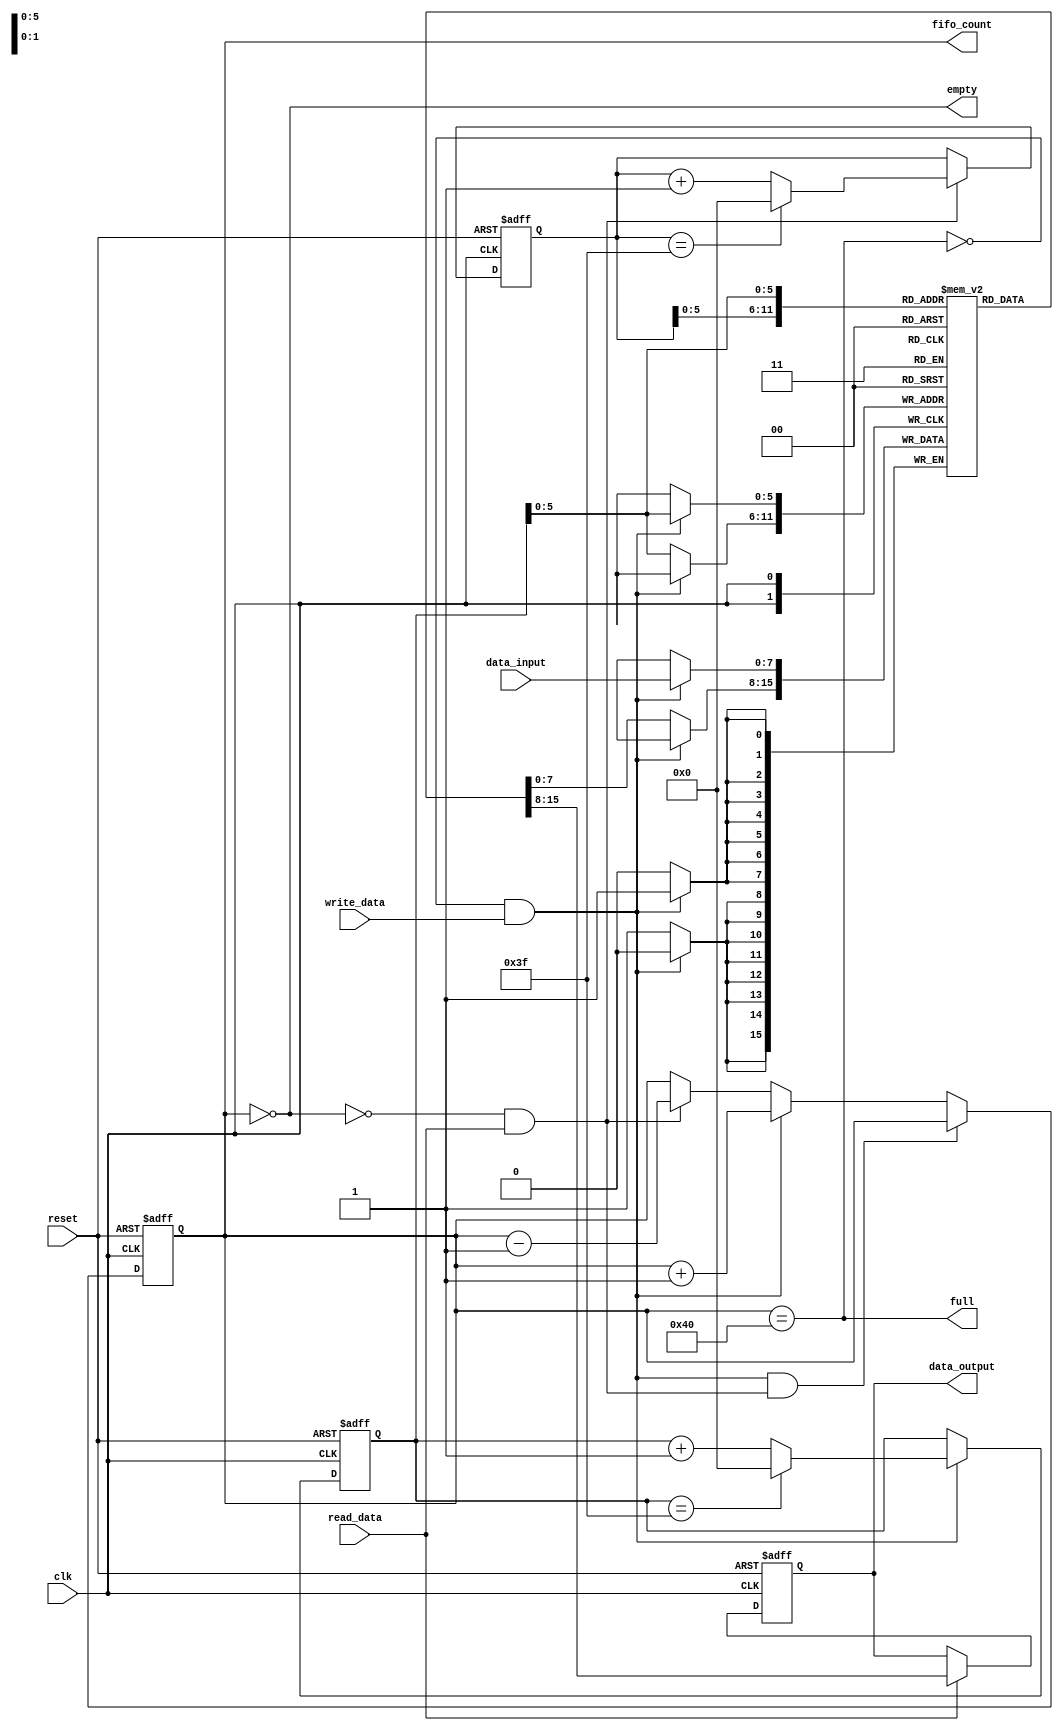
module fifo #(
	parameter data_size = 4'd8,
	parameter buffer_size = 8'd64
	)(
	// control signals
	input wire clk,
	input wire reset,
	input wire read_data,
	input wire write_data, 
	output reg full,
	output reg empty,
	// data signals
	input wire [data_size-1:0] data_input,
	output reg [data_size-1:0] data_output,
	output reg [buffer_size-1:0] fifo_count
	);

	reg [buffer_size-1:0] read_pointer,write_pointer;
	reg [data_size-1:0] fifo_buffer [buffer_size-1:0];

	initial begin
		fifo_buffer[2] = 0;
	end

	// updating full and empty flags
	always @(fifo_count) begin
		empty <= (fifo_count == 0);
		full <= (fifo_count == buffer_size);
	end
	
	// upating fifo_count
	always @(negedge(clk),posedge(reset)) begin
		if(reset) begin
			fifo_count <= 0;
		end else begin
			if((!full && write_data) && (!empty && read_data)) begin
				fifo_count <= fifo_count;
			end else if(!full && write_data) begin
				fifo_count <= fifo_count + 1;
			end else if(!empty && read_data) begin
				fifo_count <= fifo_count - 1;
			end else begin
				fifo_count <= fifo_count;
			end
		end
	end

	// updating data_output
	// always @(posedge(clk),posedge(reset)) begin
	// 	if(reset) begin
	// 		data_output <= 0;
	// 	end else begin
	// 		if(!empty && read_data) begin
	// 			data_output <= fifo_buffer[read_pointer];
	// 		end else begin
	// 			data_output <= data_output;
	// 		end
	// 	end
	// end

	always @(negedge(clk),posedge(reset)) begin
		if(reset) begin
			data_output <= 0;
		end else begin
			if(read_data) begin
				data_output <= fifo_buffer[read_pointer];
			end else begin
				data_output <= data_output;
			end
		end
	end
	
	// updating fifo_buffer
	always @(posedge(clk)) begin
		// buffer need not be changed during reset
		// only the read and write pointers are changed
		if((!full) && write_data) begin
			fifo_buffer[write_pointer] <= data_input;
		end else begin
			fifo_buffer[write_pointer] <= fifo_buffer[write_pointer];
		end
	end
	
	// updating write_pointer and read_pointer
	reg [buffer_size-1:0] read_pointer_next;
	reg [buffer_size-1:0] write_pointer_next;

	always @(posedge(clk),posedge(reset)) begin
		if(reset) begin
			write_pointer <= 0;
		end else begin
			write_pointer <= write_pointer_next;
		end
	end

	always @(negedge(clk),posedge(reset)) begin
		if(reset) begin
			read_pointer <= 0;
		end else begin
			read_pointer <= read_pointer_next;
		end
	end

	always @* begin
		// updating write_pointer
		if(!full && write_data) begin
			if(write_pointer == buffer_size - 1) begin
				write_pointer_next <= 0;
			end else begin
				write_pointer_next <= write_pointer + 1;
			end
		end else begin
			write_pointer_next <= write_pointer;
		end
		
		//updating read_pointer
		if(!empty && read_data) begin
			if(read_pointer == buffer_size - 1) begin
				read_pointer_next <= 0;
			end else begin
				read_pointer_next <= read_pointer + 1;
			end
		end else begin
			read_pointer_next <= read_pointer;
		end
	end

endmodule



// module test_bench();
// 	reg CLK;
// 	reg RESET;
// 	reg [31:0] DATA_INPUT;
// 	wire [31:0] DATA_OUTPUT;
// 	reg READ_DATA;
// 	reg WRITE_DATA;
// 	wire FULL;
// 	wire EMPTY;
// 	wire [62:0] FIFO_COUNT;

// 	// module instantiations
// 	fifo #(.data_size(6'd32),.buffer_size(6'd63)) f(
// 		.clk(CLK),
// 		.reset(RESET),
// 		.data_input(DATA_INPUT),
// 		.data_output(DATA_OUTPUT),
// 		.read_data(READ_DATA),
// 		.write_data(WRITE_DATA),
// 		.full(FULL),
// 		.empty(EMPTY),
// 		.fifo_count(FIFO_COUNT)
// 	);

// 	initial begin
// 		$dumpfile("simulation.vcd");
// 		$dumpvars(0,
// 			CLK,
// 			RESET,
// 			DATA_INPUT,
// 			DATA_OUTPUT,
// 			READ_DATA,
// 			WRITE_DATA,
// 			FULL,
// 			EMPTY,
// 			FIFO_COUNT
// 		);
// 	end

// 	initial begin
// 		CLK = 1'b0;
// 		RESET = 1'b0;
// 		READ_DATA = 1'b0;
// 		WRITE_DATA = 1'b0;
// 		DATA_INPUT = 8'd7;
// 	end

// 	always begin 
// 		#1 CLK = ~ CLK;
// 	end

// 	reg i;
// 	initial begin
// 		#9 RESET <= 1'b1;
// 		#6 RESET <= 1'b0;
// 		#10 WRITE_DATA <= 1'b1;
// 		#2 WRITE_DATA <= 1'b0;
// 		#2 DATA_INPUT <= 8'd6;
// 		#10 WRITE_DATA <= 1'b1;
// 		#2 WRITE_DATA <= 1'b0;
// 		// read all data (2 bytes) until fifo empty
// 		#10 READ_DATA <= 1'b1;
// 		#2 READ_DATA <= 1'b0;
// 		#10 READ_DATA <= 1'b1;
// 		#2 READ_DATA <= 1'b0;
// 		// read one more byte to check if fifo_count changes
// 		#10 READ_DATA <= 1'b1;
// 		#2 READ_DATA <= 1'b0;
// 		// write 4 times until fifo full
// 		DATA_INPUT <= 8'd255;		
// 		#10 READ_DATA <= 1'b1;
// 		#2 READ_DATA <= 1'b0;		
// 		WRITE_DATA <= 1'b1;
// 		#2 READ_DATA <= 1'b0;
// 		WRITE_DATA <= 1'b0;
// 		#10 WRITE_DATA <= 1'b1;
// 		READ_DATA <= 1'b1;
// 		#2 WRITE_DATA <= 1'b0;
// 		READ_DATA <= 1'b0;		
// 		#10 WRITE_DATA <= 1'b1;
// 		#2 WRITE_DATA <= 1'b0;
// 		#10 WRITE_DATA <= 1'b1;
// 		#2 WRITE_DATA <= 1'b0;
// 		// write after full to check if fifo_count changes
// 		#10 WRITE_DATA <= 1'b1;
// 		#2 WRITE_DATA <= 1'b0;
		
// 	end

// 	initial begin
// 		#2000 $finish;
// 	end
// endmodule